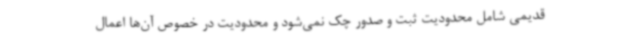
قدیمی شامل محدودیت ثبت و صدور چک نمی‌شود و محدودیت در خصوص آن‌ها اعمال